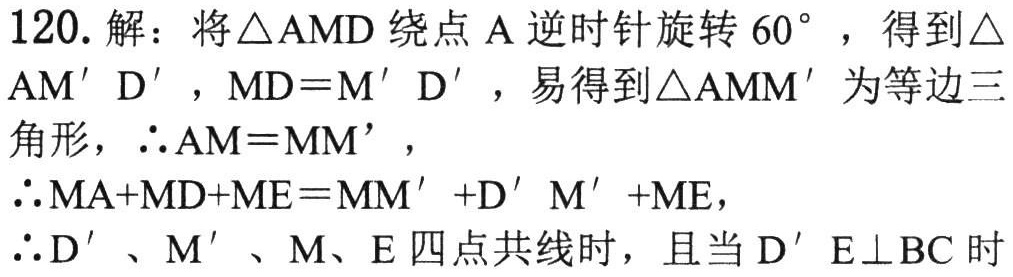
120. 解：将\(\triangle AMD\)绕点\(A\)逆时针旋转\(60^{\circ}\)，得到\(\triangle AM'D'\)，\(MD = M'D'\)，易得到\(\triangle AMM'\)为等边三角形，\(\therefore AM = MM'\)，

\(\therefore MA + MD + ME = MM' + D'M' + ME\)，

\(\therefore D'\)、\(M'\)、\(M\)、\(E\)四点共线时，且当\(D'E\perp BC\)时